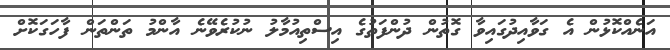
އަނެއްކޮޅުން އެ ގަވާއިދުގައިވާ ގޮތުން ދުންފަތުގެ އިސްތިއުމާލު ނުކުރެވޭނެ އާންމު ތަންތަން ފާހަގަކޮށް